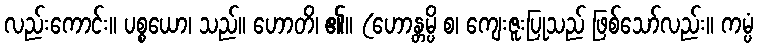
လည်းကောင်း။ ပစ္စယော၊ သည်။ ဟောတိ၊ ၏။ (ဟောန္တမ္ပိ စ၊ ကျေးဇူးပြုသည် ဖြစ်သော်လည်း။ ကမ္ပံ